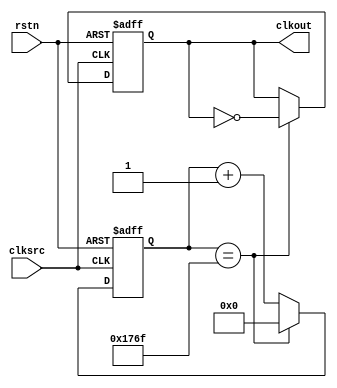
module clock_div(
    input rstn,
    input clksrc,
    output clkout
);

parameter FREQ_INPUT  = 12_000_000;
parameter FREQ_OUTPUT = 1_000;
parameter CNTER_MAX = FREQ_INPUT/(FREQ_OUTPUT*2);
parameter CNTER_WIDTH = $clog2(CNTER_MAX);

reg clkout_r;
reg [CNTER_WIDTH-1:0] cnter;
assign clkout = clkout_r;

always @(negedge rstn,posedge clksrc) begin
    if(!rstn)begin
        cnter <= {CNTER_WIDTH{1'b0}};
        clkout_r <= 1'b0;
    end
    else begin
        if(cnter == CNTER_MAX - 1'b1)begin
            clkout_r <= ~clkout_r;
            cnter <= {CNTER_WIDTH{1'b0}};            
        end
        else begin
            cnter <= cnter + 1'b1;
        end
    end    
end

endmodule